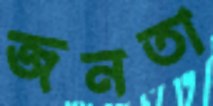
জনতা